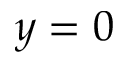
y = 0